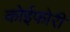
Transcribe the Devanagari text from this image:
कोईफोरी